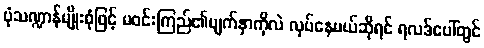
ပုံသဏ္ဍာန်မျိုးစုံဖြင့် မဝင်းကြည်၏မျက်နှာကိုလဲ လုပ်နေမယ်ဆိုရင် ရလဒ်ပေါ်တွင်